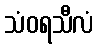
သံဝရသီလံ